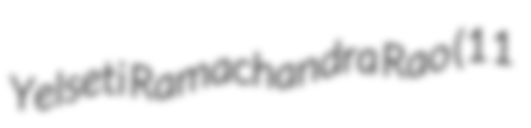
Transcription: Yelseti Ramachandra Rao (11